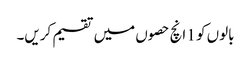
بالوں کو 1 انچ حصوں میں تقسیم کریں۔